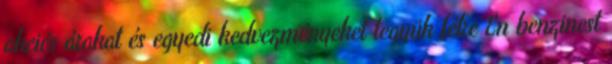
akciós árakat és egyedi kedvezményeket tegyük félre Én benzinest